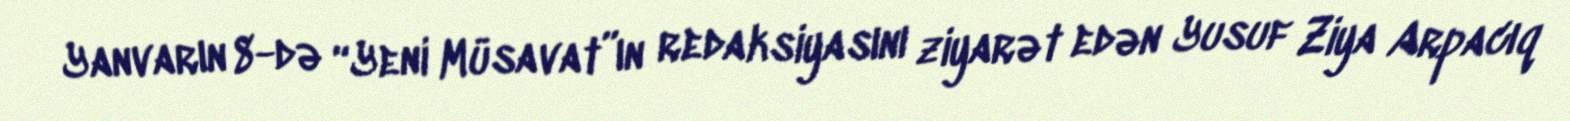
Yanvarın 8-də “Yeni Müsavat”ın redaksiyasını ziyarət edən Yusuf Ziya Arpacıq